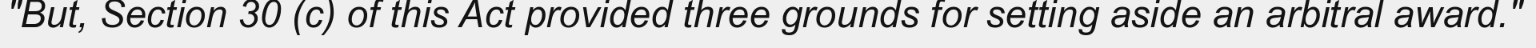
"But, Section 30 (c) of this Act provided three grounds for setting aside an arbitral award."